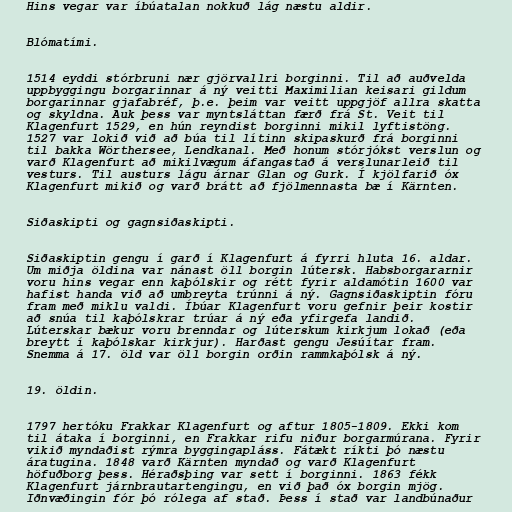
Hins vegar var íbúatalan nokkuð lág næstu aldir.

Blómatími.

1514 eyddi stórbruni nær gjörvallri borginni. Til að auðvelda
uppbyggingu borgarinnar á ný veitti Maximilian keisari gildum
borgarinnar gjafabréf, þ.e. þeim var veitt uppgjöf allra skatta
og skyldna. Auk þess var myntsláttan færð frá St. Veit til
Klagenfurt 1529, en hún reyndist borginni mikil lyftistöng.
1527 var lokið við að búa til lítinn skipaskurð frá borginni
til bakka Wörthersee, Lendkanal. Með honum stórjókst verslun og
varð Klagenfurt að mikilvægum áfangastað á verslunarleið til
vesturs. Til austurs lágu árnar Glan og Gurk. Í kjölfarið óx
Klagenfurt mikið og varð brátt að fjölmennasta bæ í Kärnten.

Siðaskipti og gagnsiðaskipti.

Siðaskiptin gengu í garð í Klagenfurt á fyrri hluta 16. aldar.
Um miðja öldina var nánast öll borgin lútersk. Habsborgararnir
voru hins vegar enn kaþólskir og rétt fyrir aldamótin 1600 var
hafist handa við að umbreyta trúnni á ný. Gagnsiðaskiptin fóru
fram með miklu valdi. Íbúar Klagenfurt voru gefnir þeir kostir
að snúa til kaþólskrar trúar á ný eða yfirgefa landið.
Lúterskar bækur voru brenndar og lúterskum kirkjum lokað (eða
breytt í kaþólskar kirkjur). Harðast gengu Jesúítar fram.
Snemma á 17. öld var öll borgin orðin rammkaþólsk á ný.

19. öldin.

1797 hertóku Frakkar Klagenfurt og aftur 1805-1809. Ekki kom
til átaka í borginni, en Frakkar rifu niður borgarmúrana. Fyrir
vikið myndaðist rýmra byggingapláss. Fátækt ríkti þó næstu
áratugina. 1848 varð Kärnten myndað og varð Klagenfurt
höfuðborg þess. Héraðsþing var sett í borginni. 1863 fékk
Klagenfurt járnbrautartengingu, en við það óx borgin mjög.
Iðnvæðingin fór þó rólega af stað. Þess í stað var landbúnaður